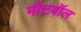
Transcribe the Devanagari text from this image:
मीटबॉल